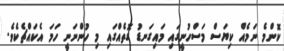
ކޮންމެ ނަމެއް ކިޔަސް މަސްހުނީގައި މައިގަނޑު ގޮތެއްގައި މި ހުންނަނީ ހަމަ އެކައްޗެކެވެ.